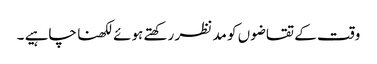
وقت کے تقاضوں کو مد نظر رکھتے ہوئے لکھنا چاہیے ۔